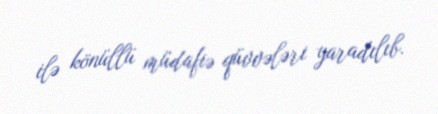
ilə könüllü müdafiə qüvvələri yaradılıb.